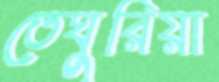
তেঘুরিয়া